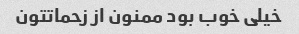
خیلی خوب بود ممنون از زحماتتون